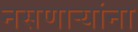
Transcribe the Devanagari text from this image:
नसणाऱ्यांना